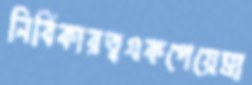
নির্বিকারত্বএকপেয়েমা